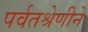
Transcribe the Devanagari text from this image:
पर्वतश्रेणीने